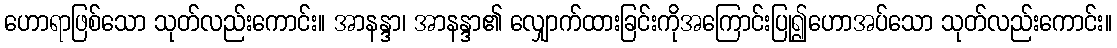
ဟောရာဖြစ်သော သုတ်လည်းကောင်း။ အာနန္ဒာ၊ အာနန္ဒာ၏ လျှောက်ထားခြင်းကိုအကြောင်းပြု၍ဟောအပ်သော သုတ်လည်းကောင်း။